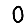
Digit: 0